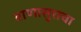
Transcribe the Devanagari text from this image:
बाणासुराचा